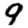
Digit: 9